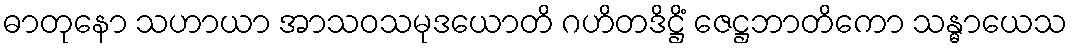
ဓာတုနော သဟာယာ အာသဝသမုဒယောတိ ဂဟိတဒိဋ္ဌိံ ဇေဋ္ဌဘာတိကော သန္ဓာယေသ